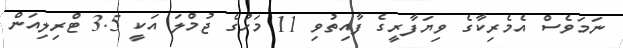
ނަމަވެސް އެމެރިކާގެ ވިޔަފާރީގެ ފާއިތުވި 11 މަހުގެ ޖުމްލަ އަކީ 3.5 ޓްރިލިއަން